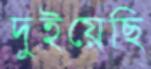
দুইয়েছি